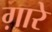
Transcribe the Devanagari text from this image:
ग़ारे